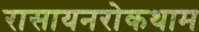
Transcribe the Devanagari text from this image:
रासायनरोकथाम